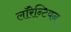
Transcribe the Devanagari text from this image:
लाॅरेन्टियन